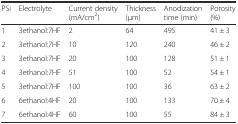
| PSi | Electrolyte | Current density (mA/cm2) | Thickness (μm) | Anodization time (min) | Porosity (%) |
 | --- | --- | --- | --- | --- | --- |
 | 1 | 3ethanol:7HF | 2 | 64 | 495 | 41 ± 3 |
 | 2 | 3ethanol:7HF | 10 | 120 | 240 | 46 ± 2 |
 | 3 | 3ethanol:7HF | 20 | 100 | 128 | 51 ± 1 |
 | 4 | 3ethanol:7HF | 51 | 100 | 52 | 54 ± 1 |
 | 5 | 3ethanol:7HF | 100 | 100 | 36 | 63 ± 2 |
 | 6 | 6ethanol:4HF | 20 | 100 | 133 | 70 ± 4 |
 | 7 | 6ethanol:4HF | 60 | 100 | 55 | 84 ± 3 |